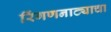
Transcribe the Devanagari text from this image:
रिंगणनाट्याचा